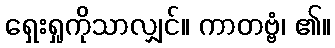
ရှေးရှုကိုသာလျှင်။ ကာတဗ္ဗံ၊ ၏။